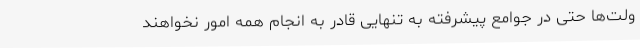
ولت‌ها حتی در جوامع پیشرفته به تنهایی قادر به انجام همه امور نخواهند